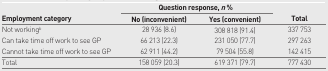
<table><thead><tr><td rowspan="3"><b>Employment category</b></td><td colspan="2"><b>Question response, <i>n</i> %</b></td><td rowspan="3"><b>Total</b></td></tr><tr><td><b>No (inconvenient)</b></td><td><b>Yes (convenient)</b></td></tr></thead><tbody><tr><td>Not working<sup>b</sup></td><td>28 936 (8.6)</td><td>308 818 (91.4)</td><td>337 753</td></tr><tr><td>Can take time off work to see GP</td><td>66 213 (22.3)</td><td>231 050 (77.7)</td><td>297 263</td></tr><tr><td>Cannot take time off work to see GP</td><td>62 911 (44.2)</td><td>79 504 (55.8)</td><td>142 415</td></tr><tr><td>Total</td><td>158 059 (20.3)</td><td>619 371 (79.7)</td><td>777 430</td></tr></tbody></table>